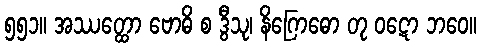
၅၅၁။ အဿတ္ထော ဗောဓိ စ ဒွီသု၊ နိဂြောဓော တု ဝဋော ဘဝေ။